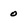
Character: 0